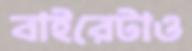
বাইরেটাও